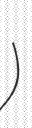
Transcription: گجر)